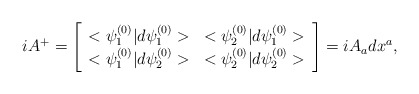
\begin{align*}iA^{+}=\left [ \begin{array} {ll}<\psi^{(0)}_1|d\psi^{(0)}_1>& <\psi^{(0)}_2|d\psi^{(0)}_1> \\<\psi^{(0)}_1|d\psi^{(0)}_2>&<\psi^{(0)}_2|d\psi^{(0)}_2>\end{array} \right ]=iA_a dx^a,\end{align*}